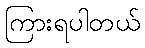
ကြားရပါတယ်